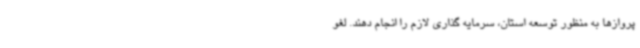
پروازها به منظور توسعه استان، سرمایه گذاری لازم را انجام دهند. لغو